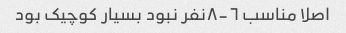
اصلا مناسب ٦-٨نفر نبود بسیار کوچیک بود